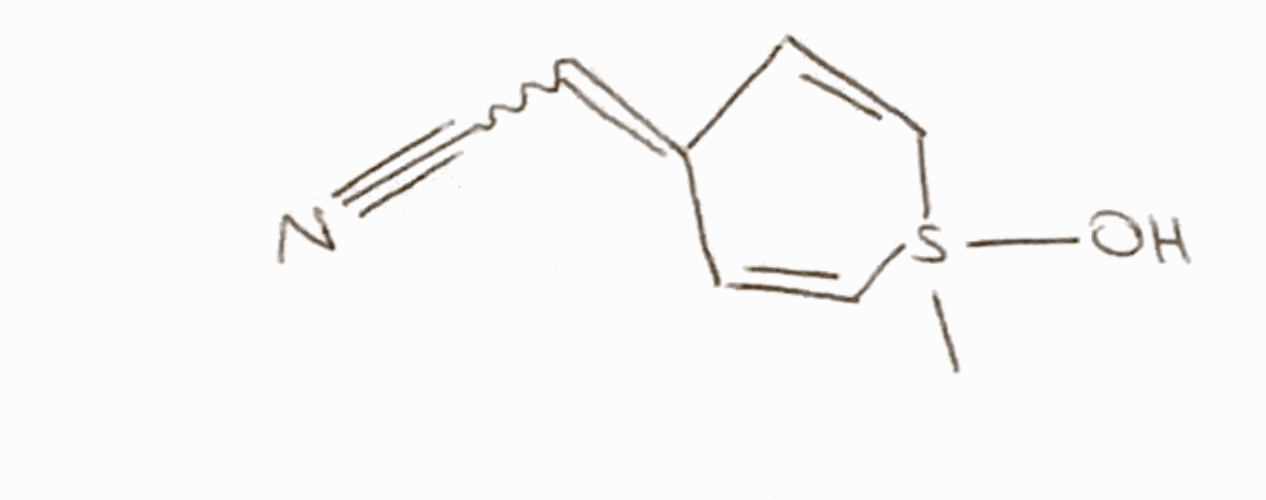
Simplified molecular-input line-entry system (SMILES) notation of the given molecule:
CS1(C=CC(=CC#N)C=C1)O